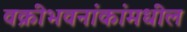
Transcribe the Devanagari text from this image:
वक्रीभवनांकांमधील